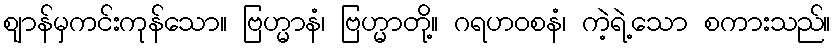
ဈာန်မှကင်းကုန်သော။ ဗြဟ္မာနံ၊ ဗြဟ္မာတို့။ ဂရဟဝစနံ၊ ကဲ့ရဲ့သော စကားသည်။